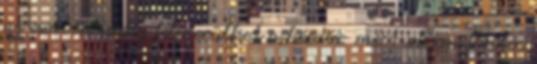
az esetben pedig felmerülhet a kérdés: mért olyan fontos